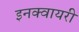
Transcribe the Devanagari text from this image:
इनक्वायरी